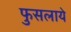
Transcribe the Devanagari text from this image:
फुसलाये